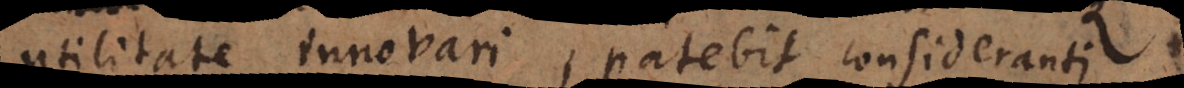
utilitate innovari, patebit consideranti.